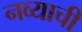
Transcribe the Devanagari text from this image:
नव्याची